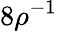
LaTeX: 8\rho^{-1}